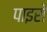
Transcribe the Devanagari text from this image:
पाइरो